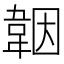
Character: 𩎪